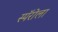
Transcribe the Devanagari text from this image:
स्पॅरोला